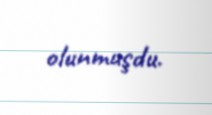
olunmuşdu.